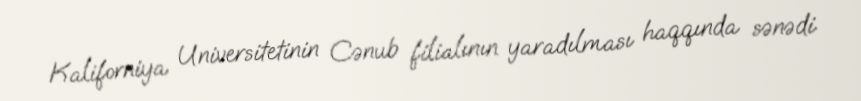
Kaliforniya Universitetinin Cənub filialının yaradılması haqqında sənədi